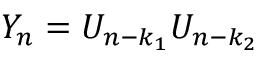
Y _ { n } = U _ { n - k _ { 1 } } U _ { n - k _ { 2 } }